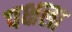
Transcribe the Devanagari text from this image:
पक्षला